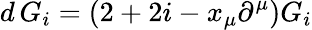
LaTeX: d\, G_{i}=\left(2+2i-x_{\mu}\partial^{\mu}\right)G_{i}